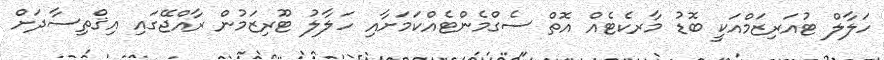
ހަލާލް ޓުއަރިޒަމްއަކީ ބޮޑު މާރކެޓެއް އޮތް ސެގްމެންޓެއްކަމަށާއި ހަލާލު ޓޫރިޒަމުން ރާއްޖޭގައި އިޤްތިސާދަށް